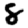
Digit: 8